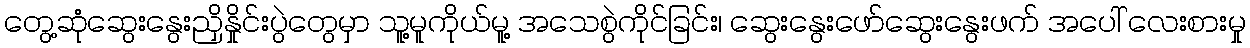
တွေ့ဆုံဆွေးနွေးညှိနှိုင်းပွဲတွေမှာ သူ့မူကိုယ်မူ့ အသေစွဲကိုင်ခြင်း၊ ဆွေးနွေးဖော်ဆွေးနွေးဖက် အပေါ် လေးစားမှု